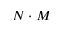
N \cdot M